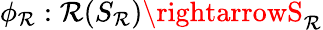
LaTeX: \phi_{\mathcal{R}}:\mathcal{R}(S_{\mathcal{R}})\rightarrowS_{\mathcal{R}}